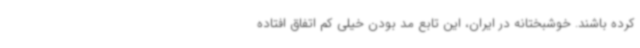
کرده باشند. خوشبختانه در ایران، این تابع مد بودن خیلی کم اتفاق افتاده